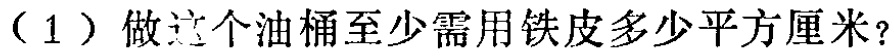
（1）做这个油桶至少需用铁皮多少平方厘米？